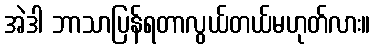
အဲဒါ ဘာသာပြန်ရတာလွယ်တယ်မဟုတ်လား။